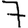
Digit: 7